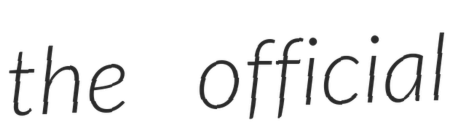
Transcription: the official